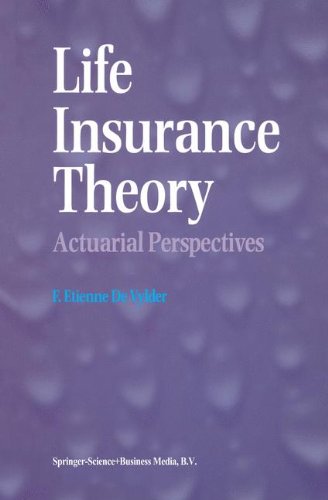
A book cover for Life Insurance Theory: Actuarial Perspectives; F. Etienne De Vylder; Engineering & Transportation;